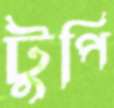
টুপি